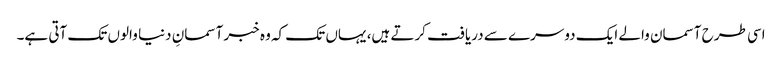
اسی طرح آسمان والے ایک دوسرے سے دریافت کرتے ہیں، یہاں تک کہ وہ خبر آسمانِ دنیا والوں تک آتی ہے۔